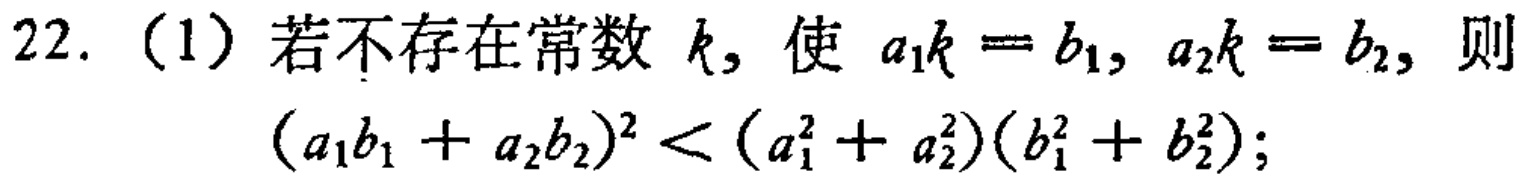
22. （1）若不存在常数 \(k\)，使 \(a_{1}k = b_{1}, a_{2}k = b_{2}\)，则
\((a_{1}b_{1}+a_{2}b_{2})^{2}<(a_{1}^{2}+a_{2}^{2})(b_{1}^{2}+b_{2}^{2})\);